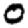
Digit: 0